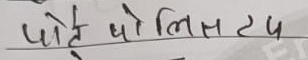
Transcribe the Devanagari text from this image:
फोह थोलिस्लय